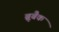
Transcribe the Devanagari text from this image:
ब्रूबैक